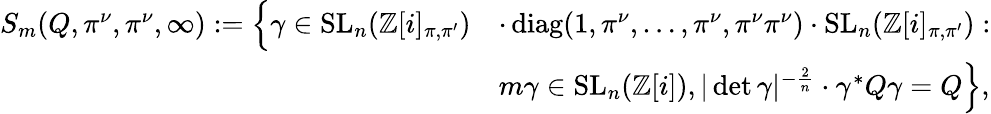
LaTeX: \begin{array}{rl}{S_{m}(Q,\pi^{\nu},\pi^{\nu},\infty):=\Bigl\{ \gamma\in\mathrm{SL}_{n}(\mathbb{Z}[i]_{\pi,\pi^{\prime}})}&{\cdot\operatorname{diag}(1,\pi^{\nu},\dotsc,\pi^{\nu},\pi^{\nu}\pi^{\nu})\cdot\mathrm{SL}_{n}(\mathbb{Z}[i]_{\pi,\pi^{\prime}}):}\\ &{m\gamma\in\mathrm{SL}_{n}(\mathbb{Z}[i]),|\operatorname*{det}\gamma|^{-\frac{2}{n}}\cdot\gamma^{*}Q\gamma=Q\Bigr\} ,}\end{array}